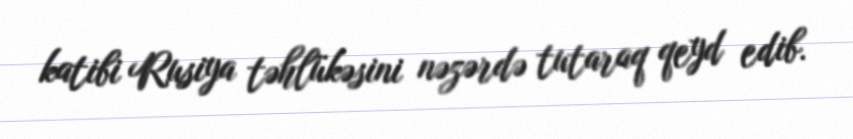
katibi Rusiya təhlükəsini nəzərdə tutaraq qeyd edib.